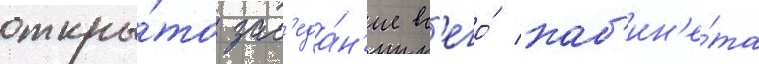
откры́то зас'еда́н'ие вс'его́ каб'ин'е́та